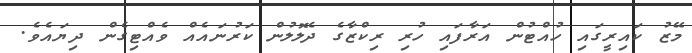
މޭޒު ކައިރީގައި ހުއްޓުން އަރާފައި ހުރި ރިކްޒާގެ ދެލޮލުން ކަރުނައެއް ވެއްޓިގެން ދިޔައެވެ.